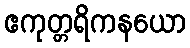
ဧကုတ္တရိကနယော